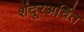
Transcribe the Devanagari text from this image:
शेंदूरअर्चित